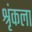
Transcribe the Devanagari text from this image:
श्रृंकला